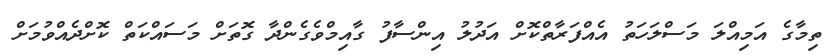
ތިމާގެ އަމިއްލަ މަސްލަހަތު އެއްފަރާތްކޮށް އަދުލު އިންސާފު ގާއިމްވެގެންދާ ގޮތަށް މަސައްކަތް ކޮށްދެއްވުމަށް